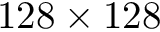
1 2 8 \times 1 2 8